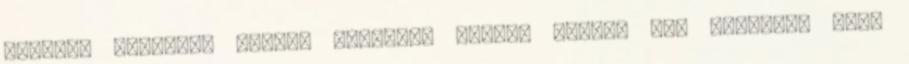
szoktak maguknak többet kívánni, akiket minden más dologban csak